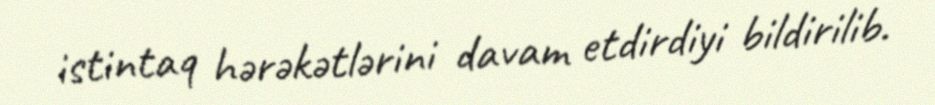
istintaq hərəkətlərini davam etdirdiyi bildirilib.